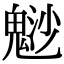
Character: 𩳑